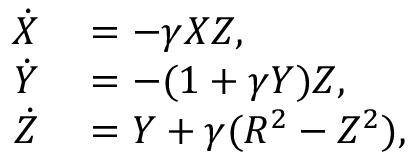
\begin{array} { r l } { \dot { X } } & { { } = - \gamma X Z , } \\ { \dot { Y } } & { { } = - ( 1 + \gamma Y ) Z , } \\ { \dot { Z } } & { { } = Y + \gamma ( R ^ { 2 } - Z ^ { 2 } ) , } \end{array}